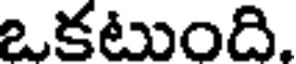
ఒకటుంది.